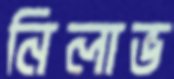
নিলাভ